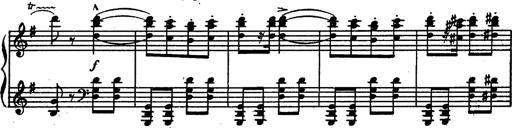
Title: Magyar rapszÃ³diÃ¡k
Composer: Franz Liszt